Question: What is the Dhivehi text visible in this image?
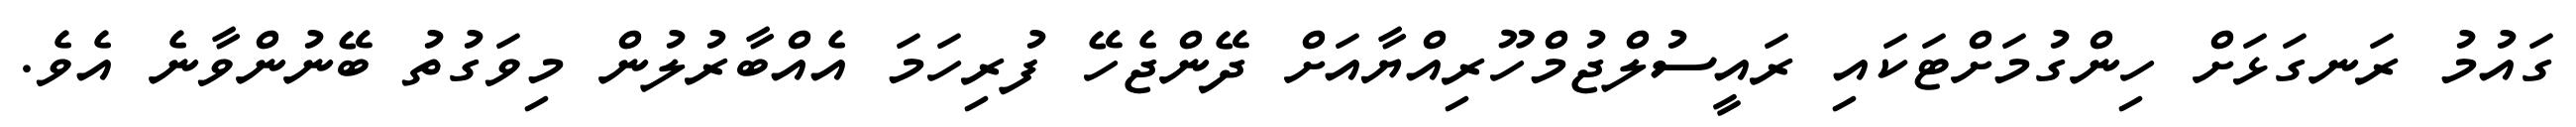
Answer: ގައުމު ރަނގަޅަށް ހިންގުމަށްޓަކައި ރައީސުލްޖުމްހޫރިއްޔާއަށް ދޭންޖެހޭ ފުރިހަމަ އެއްބާރުލުން މިވަގުތު ބޭނުންވާނެ އެވެ.